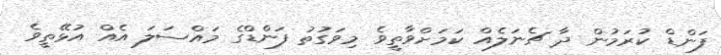
ފަންޑް ކުރަމުން ދާ ޗެނަލެއް ކަމަށްވާތީވެ މިވަގުތު ފަންޑްގެ މައްސަލަ އެއް އުޅޭތީވެ